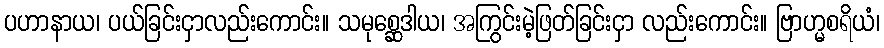
ပဟာနာယ၊ ပယ်ခြင်းငှာလည်းကောင်း။ သမုစ္ဆေဒါယ၊ အကြွင်းမဲ့ဖြတ်ခြင်းငှာ လည်းကောင်း။ ဗြာဟ္မစရိယံ၊